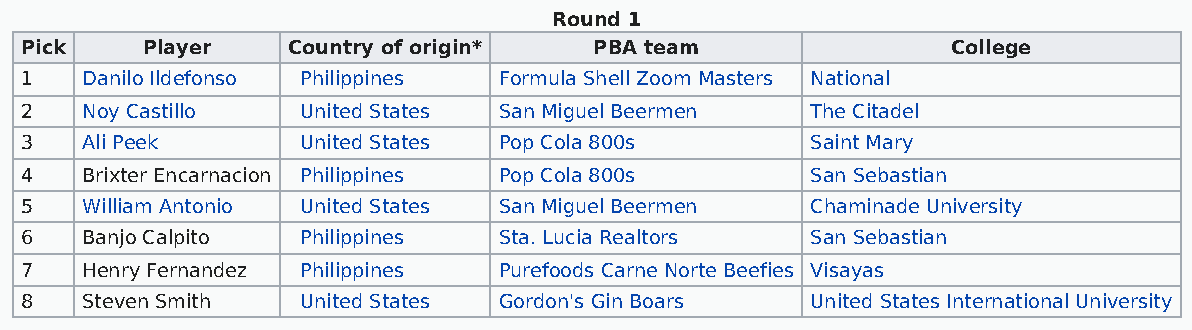
Round 1
 Pick    Player    Country of origin*  PBA team                College
 1   Danilo Ildefonso Philippines Formula Shell Zoom Masters National
 2   Noy Castillo   United States San Miguel Beermen  The Citadel
 3   Ali Peek       United States Pop Cola 800s       Saint Mary
 4   Brixter Encarnacion Philippines Pop Cola 800s    San Sebastian
 5   William Antonio United States San Miguel Beermen Chaminade University
 6   Banjo Calpito  Philippines  Sta. Lucia Realtors  San Sebastian
 7   Henry Fernandez Philippines Purefoods Carne Norte Beefies Visayas
 8   Steven Smith   United States Gordon's Gin Boars  United States International University